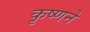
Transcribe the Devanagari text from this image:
कृष्‍णने